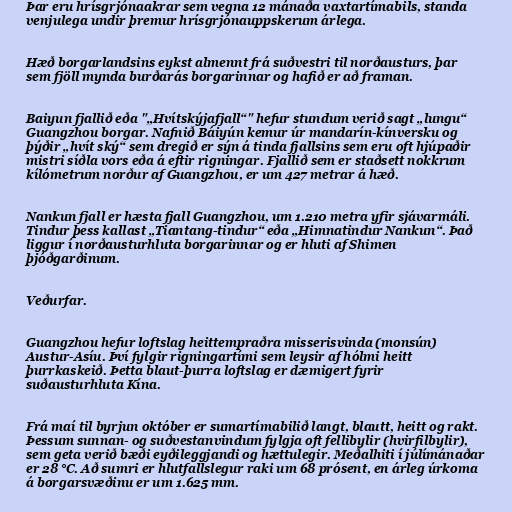
Þar eru hrísgrjónaakrar sem vegna 12 mánaða vaxtartímabils, standa
venjulega undir þremur hrísgrjónauppskerum árlega.

Hæð borgarlandsins eykst almennt frá suðvestri til norðausturs, þar
sem fjöll mynda burðarás borgarinnar og hafið er að framan.

Baiyun fjallið eða "„Hvítskýjafjall“" hefur stundum verið sagt „lungu“
Guangzhou borgar. Nafnið Báiyún kemur úr mandarín-kínversku og
þýðir „hvít ský“ sem dregið er sýn á tinda fjallsins sem eru oft hjúpaðir
mistri síðla vors eða á eftir rigningar. Fjallið sem er staðsett nokkrum
kílómetrum norður af Guangzhou, er um 427 metrar á hæð.

Nankun fjall er hæsta fjall Guangzhou, um 1.210 metra yfir sjávarmáli.
Tindur þess kallast „Tiantang-tindur“ eða „Himnatindur Nankun“. Það
liggur í norðausturhluta borgarinnar og er hluti af Shimen
þjóðgarðinum.

Veðurfar.

Guangzhou hefur loftslag heittempraðra misserisvinda (monsún)
Austur-Asíu. Því fylgir rigningartími sem leysir af hólmi heitt
þurrkaskeið. Þetta blaut-þurra loftslag er dæmigert fyrir
suðausturhluta Kína.

Frá maí til byrjun október er sumartímabilið langt, blautt, heitt og rakt.
Þessum sunnan- og suðvestanvindum fylgja oft fellibylir (hvirfilbylir),
sem geta verið bæði eyðileggjandi og hættulegir. Meðalhiti í júlímánaðar
er 28 °C. Að sumri er hlutfallslegur raki um 68 prósent, en árleg úrkoma
á borgarsvæðinu er um 1.625 mm.